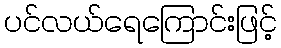
ပင်လယ်ရေကြောင်းဖြင့်